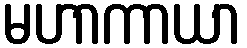
မဟာကာယာ